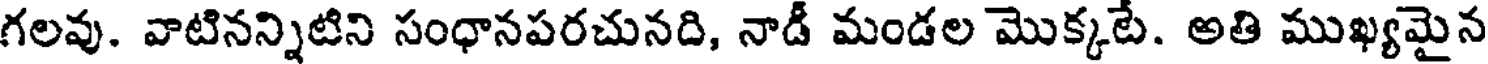
గలవు. వాటినన్నిటిని సంధానపరచునది, నాడీ మండల మొక్కటే. అతి ముఖ్యమైన